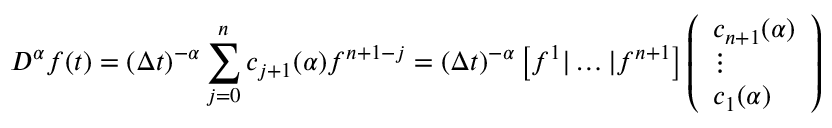
D ^ { \alpha } { f } ( t ) = ( \Delta t ) ^ { - \alpha } \sum _ { j = 0 } ^ { n } c _ { j + 1 } ( \alpha ) f ^ { n + 1 - j } = ( \Delta t ) ^ { - \alpha } \left[ f ^ { 1 } | \dots | f ^ { n + 1 } \right] \left( \begin{array} { l } { c _ { n + 1 } ( \alpha ) } \\ { \vdots } \\ { c _ { 1 } ( \alpha ) } \end{array} \right)